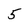
Character: 5